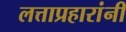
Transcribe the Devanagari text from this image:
लत्ताप्रहारांनी